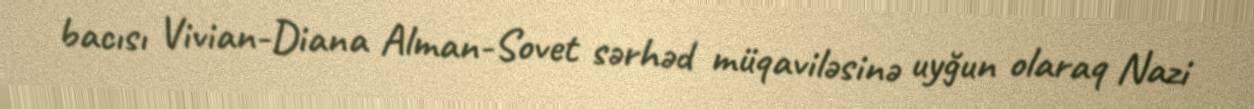
bacısı Vivian-Diana Alman-Sovet sərhəd müqaviləsinə uyğun olaraq Nazi